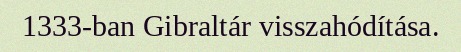
1333-ban Gibraltár visszahódítása.